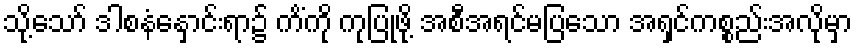
သို့သော် ဒါစနံနှောင်းရာ၌ ကိံကို ကုပြုဖို့ အစီအရင်မပြသော အရှင်ကစ္စည်းအလိုမှာ